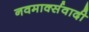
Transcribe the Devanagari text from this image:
नवमार्क्सवादी